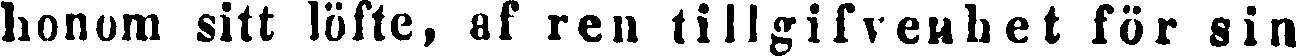
honom sitt löfte, af ren tillgifvenhet för sin